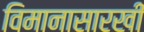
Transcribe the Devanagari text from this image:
विमानासारखी